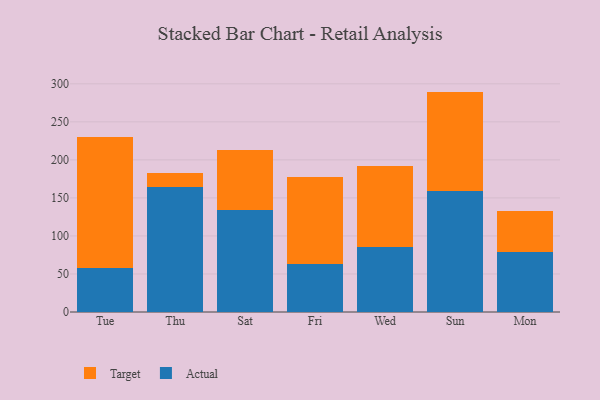
{"axis": {"x": "Day", "y": "Production Output"}, "legend": ["Actual", "Target"], "data": [{"x": "Tue", "y": 58.3, "type": "Actual"}, {"x": "Tue", "y": 172.2, "type": "Target"}, {"x": "Thu", "y": 163.9, "type": "Actual"}, {"x": "Thu", "y": 19.5, "type": "Target"}, {"x": "Sat", "y": 133.8, "type": "Actual"}, {"x": "Sat", "y": 78.6, "type": "Target"}, {"x": "Fri", "y": 63.3, "type": "Actual"}, {"x": "Fri", "y": 113.8, "type": "Target"}, {"x": "Wed", "y": 85.3, "type": "Actual"}, {"x": "Wed", "y": 106.4, "type": "Target"}, {"x": "Sun", "y": 159.0, "type": "Actual"}, {"x": "Sun", "y": 130.8, "type": "Target"}, {"x": "Mon", "y": 79.0, "type": "Actual"}, {"x": "Mon", "y": 54.1, "type": "Target"}]}